Vaccination in Bombay 1856-1862 - 1856-1862
Year: 1856
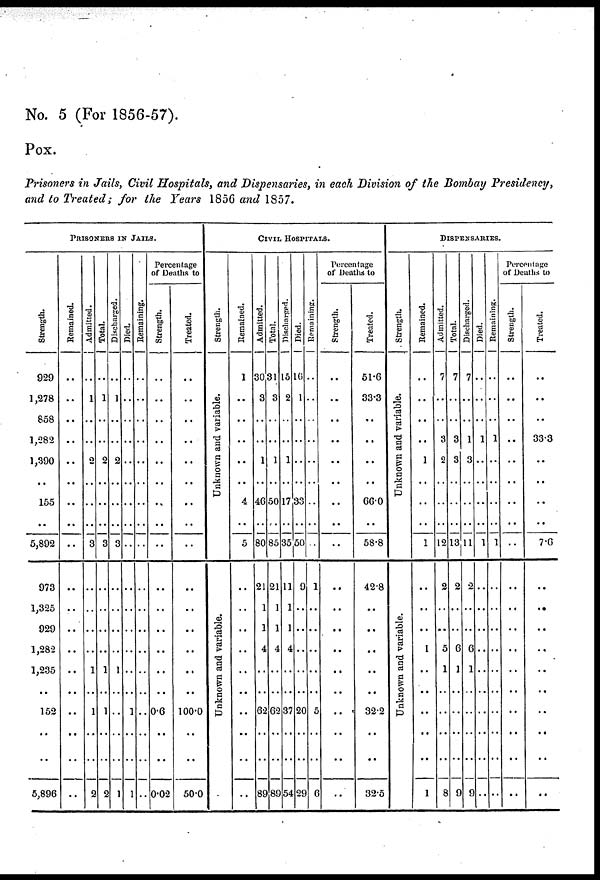
No. 5 (For 1856-57).
Pox.
Prisoners in Jails, Civil Hospitals, and Dispensaries, in each Division of the Bombay Presidency,
and to Treated; for the Years 1856 and 1857.
PRISONERS IN JAILS.
Strength.
929
1,278
858
1,282
1,390
..
155
..
5,892
973
1,325
929
1,282
1,235
..
152
..
..
5,896
Remained.
..
..
..
..
..
..
..
..
..
..
..
..
..
..
..
..
..
..
..
Admitted.
..
1
..
..
2
..
..
..
3
..
..
..
..
1
..
1
..
..
2
Total.
..
1
..
..
2
..
..
..
3
..
..
..
..
1
..
1
..
..
2
Discharged.
..
1
..
..
2
..
..
..
3
..
..
..
..
1
..
..
..
..
1
Died.
..
..
..
..
..
..
..
..
..
..
..
..
..
..
..
1
..
..
1
Remaining.
..
..
..
..
..
..
..
..
..
..
..
..
..
..
..
..
..
..
..
Percentage
of Deaths to
Strength.
..
..
..
..
..
..
..
..
..
..
..
..
..
..
..
0.6
..
..
0.02
Treated.
..
..
..
..
..
..
..
..
..
..
..
..
..
..
..
100.0
..
..
50.0
CIVIL HOSPITALS.
Strength.
Unknown and variable.
Unknown and variable.
Remained.
1
..
..
..
..
..
4
..
5
..
..
..
..
..
..
..
..
..
..
Admitted.
30
3
..
..
1
..
46
..
80
21
1
1
4
..
..
62
..
..
89
Total.
31
3
..
..
1
..
50
..
85
21
1
1
4
..
..
62
..
..
89
Discharged.
15
2
..
..
1
..
17
..
35
11
1
1
4
..
..
37
..
..
54
Died.
16
1
..
..
..
..
33
..
50
9
..
..
..
..
..
20
..
..
29
Remaining.
..
..
..
..
..
..
..
..
..
1
..
..
..
..
..
5
..
..
6
Percentage
of Deaths to
Strength.
..
..
..
..
..
..
..
..
..
..
..
..
..
..
..
..
..
..
..
Treated.
51.6
33.3
..
..
..
..
66.0
..
58.8
42.8
..
..
..
..
..
32.2
..
..
32.5
DISPENSARIES.
Streangth.
Unknown and variable.
Unknown and variable.
Remained.
..
..
..
..
1
..
..
..
1
..
..
..
1
..
..
..
..
..
1
Admitted.
7
..
..
3
2
..
..
..
12
2
..
..
5
1
..
..
..
..
8
Total.
7
..
..
3
3
..
..
..
13
2
..
..
6
1
..
..
..
..
9
Discharged.
7
..
..
1
3
..
..
..
11
2
..
..
6
1
..
..
..
..
9
Died.
..
..
..
1
..
..
..
..
1
..
..
..
..
..
..
..
..
..
..
Remaining.
..
..
..
1
..
..
..
..
1
..
..
..
..
..
..
..
..
..
..
Percentage
of Deaths to
Strength.
..
..
..
..
..
..
..
..
..
..
..
..
..
..
..
..
..
..
..
Treated.
..
..
..
33.3
..
..
..
..
7.6
..
..
..
..
..
..
..
..
..
..